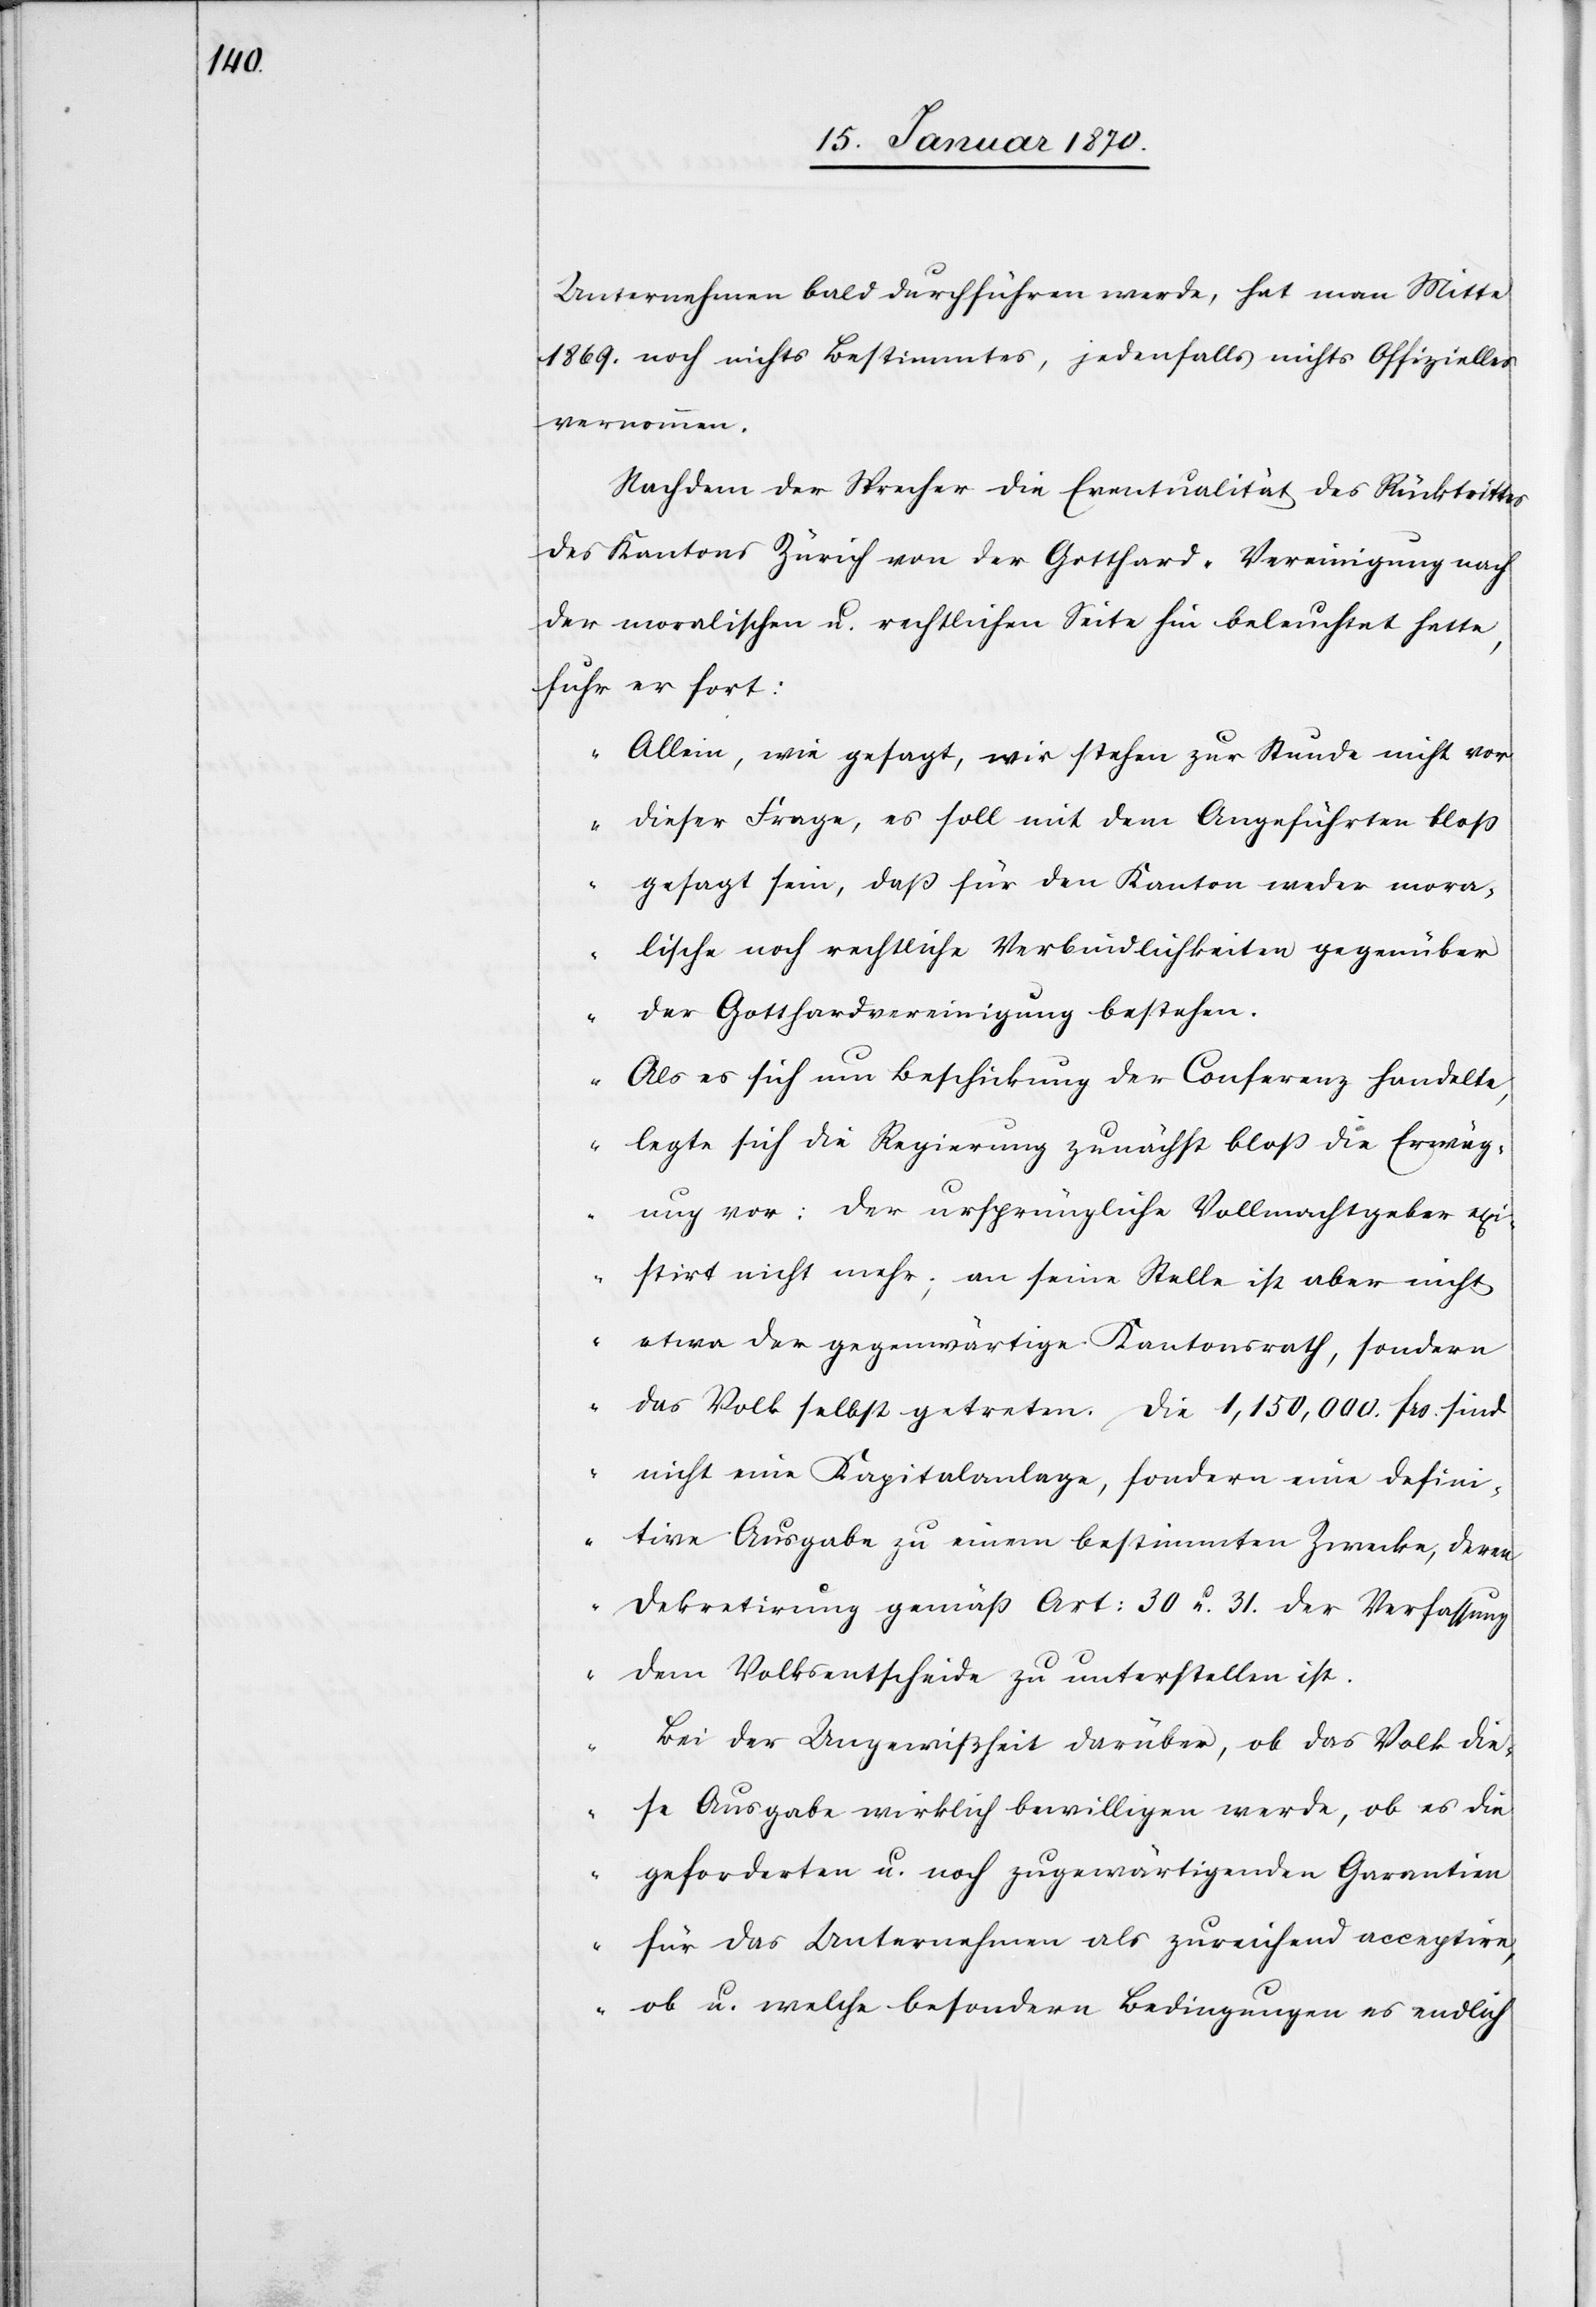
Unternehmen bald durchführen werde, hat man Mitte
1869. noch nichts Bestimmtes, jedenfalls nichts Offizielles
vernommen.
Nachdem der Sprecher die Eventualität des Rücktrittes
des Kantons Zürich von der Gotthard-Vereinigung nach
der moralischen u. rechtlichen Seite hin beleuchtet hatte,
fuhr er fort:
„Allein, wie gesagt, wir stehen zur Stunde nicht vor
dieser Frage, es soll mit dem Angeführten bloß
gesagt sein, daß für den Kanton weder mora¬
lische noch rechtliche Verbindlichkeiten gegenüber
der Gotthardvereinigung bestehen.
Als es sich um Beschickung der Conferenz handelte,
legte sich die Regierung zunächst bloß die Erwäg¬
ung vor: Der ursprüngliche Vollmachtgeber exi¬
stirt nicht mehr; an seine Stelle ist aber nicht
etwa der gegenwärtige Kantonsrath, sondern
das Volk selbst getreten. Die 1,150,000. frs. sind
nicht eine Kapitalanlage, sondern eine defini¬
tive Ausgabe zu einem bestimmten Zwecke, deren
Dekretirung gemäß Art: 30 u. 31. der Verfassung
dem Volksentscheide zu unterstellen ist.
Bei der Ungewißheit darüber, ob das Volk die¬
se Ausgabe wirklich bewilligen werde, ob es die
geforderten u. noch zugewärtigenden Garantien
für das Unternehmen als zureichend acceptire,
ob u. welche besondere Bedingungen es endlich